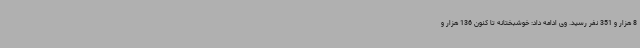
8 هزار و 351 نفر رسید. وی ادامه داد: خوشبختانه تا کنون 136 هزار و